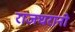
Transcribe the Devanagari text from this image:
राजघरानो